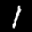
Label: 1